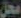
محل